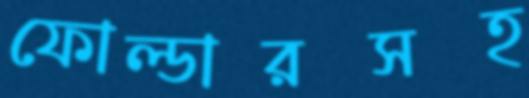
ফোল্ডারসহ